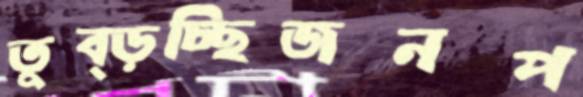
তুব্‌ড়চ্ছিজনপ